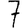
Digit: 7